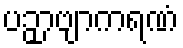
ပဉှာဗျာကရဏံ